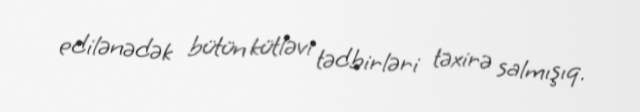
edilənədək bütün kütləvi tədbirləri təxirə salmışıq.